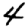
Digit: 4